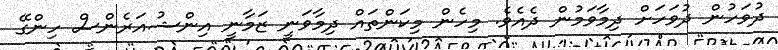
ދުވަހުން ދުވަހަށް ދިމާވަމުން ދެއެވެ. މިހެން މިކަންތައް ދިމާވަނީ ޒަމާނީ އިންޝުއަރެންސް ހިންގޭ